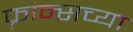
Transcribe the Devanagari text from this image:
फ़्रांन्सच्या